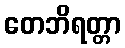
တေဘိရတ္တာ